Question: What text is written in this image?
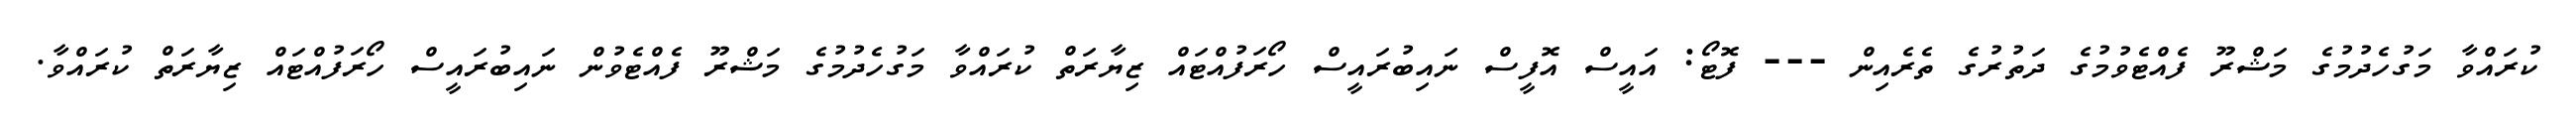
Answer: ކުރައްވާ މަގުހެދުމުގެ މަޝްރޫ ފެއްޓެވުމުގެ ދަތުރުގެ ތެރެއިން --- ފޮޓޯ: އައީސް އޮފީސް ނައިބުރައީސް ހޯރަފުއްޓައް ޒިޔާރަތް ކުރައްވާ މަގުހެދުމުގެ މަޝްރޫ ފެއްޓެވުން ނައިބުރައީސް ހޯރަފުއްޓައް ޒިޔާރަތް ކުރައްވާ.